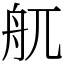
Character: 䑢